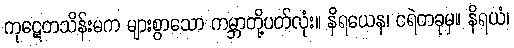
ကုဋေတသိန်းမက များစွာသော ကမ္ဘာတို့ပတ်လုံး။ နိရယေန၊ ငရဲတခုမှ။ နိရယံ၊